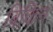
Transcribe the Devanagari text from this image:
बिकिन